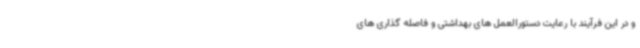
و در این فرآیند با رعایت دستورالعمل های بهداشتی و فاصله گذاری های